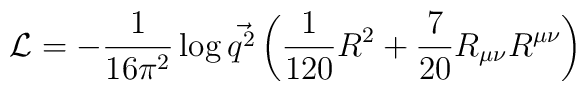
{\cal L}=-{1\over 16\pi^2}\log\vec{q^2}\left({1\over 120}R^2+{7\over20}R_{\mu\nu}R^{\mu\nu}\right)